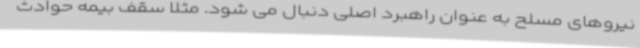
نیروهای مسلح به عنوان راهبرد اصلی دنبال می شود. مثلا سقف بیمه حوادث